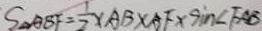
S _ { \Delta A B F } = \frac { 1 } { 2 } \times A B \times A F \times \sin \angle F A B